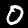
Digit: 0